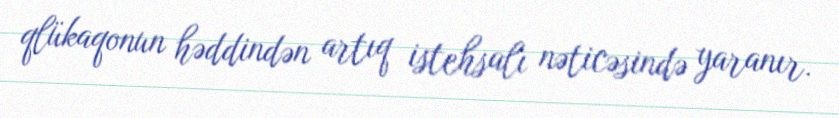
qlükaqonun həddindən artıq istehsalı nəticəsində yaranır.